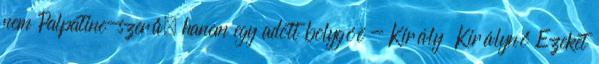
nem Palpatine-szerű, hanem egy adott bolygóé - Király Királynő Ezeket